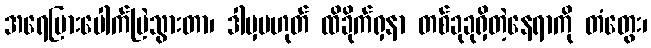
အရေပြားပေါက်ပြဲသွားတာ၊ ဒါမှမဟုတ် ထိခိုက်ရှနာ တစ်ခုခုရှိတဲ့နေရာကို တံတွေး၊